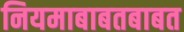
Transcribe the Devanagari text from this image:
नियमाबाबतबाबत